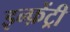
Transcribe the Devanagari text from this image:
इन्फ़ेंट्री